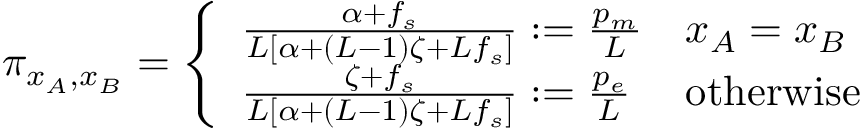
\begin{array} { r } { \pi _ { x _ { A } , x _ { B } } = \left\{ \begin{array} { l l } { \frac { \alpha + f _ { s } } { L \left[ \alpha + ( L - 1 ) \zeta + L f _ { s } \right] } : = \frac { p _ { m } } { L } } & { x _ { A } = x _ { B } } \\ { \frac { \zeta + f _ { s } } { L \left[ \alpha + ( L - 1 ) \zeta + L f _ { s } \right] } : = \frac { p _ { e } } { L } } & { \mathrm { o t h e r w i s e } } \end{array} \right. } \end{array}